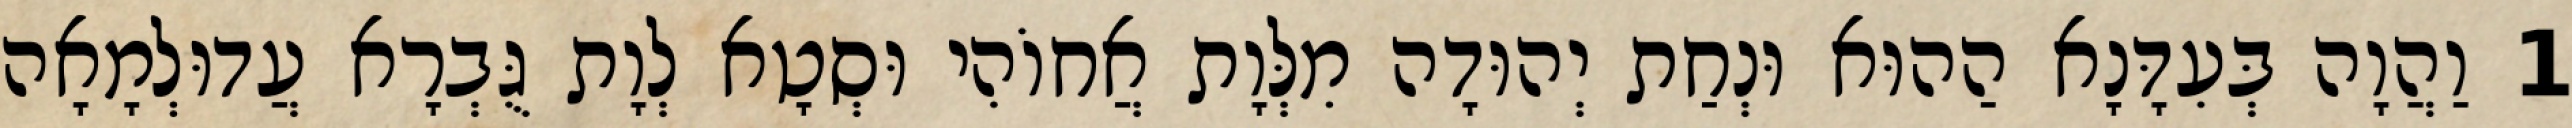
1 וַהֲוָה בְּעִדָּנָא הַהוּא וּנְחַת יְהוּדָה מִלְּוָת אֲחוֹהִי וּסְטָא לְוָת גֻּבְרָא עֲדוּלְמָאָה